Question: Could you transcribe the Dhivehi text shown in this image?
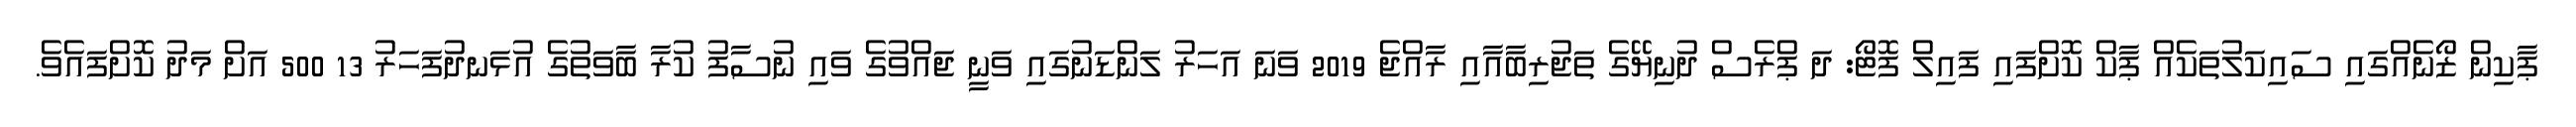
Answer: ޕާކިން ޒޯނެއްގައި ސައިކަލުތަކެއް ޕާކް ކޮށްފައި ފައިލް ފޮޓޯ: ދަ ޕްރެސް ދުނިޔޭގެ ތަޖުރިބާއާއި ރާއްޖެ 2019 ވަނަ އަހަރު ލަންޑަނުގައި ވަނީ ޖައްވުގެ ވައި ނުސާފު ކުރާ ބާވަތުގެ އުޅަނދުފަހަރު 13 500 އަށް މަދު ކޮށްފައެވެ.